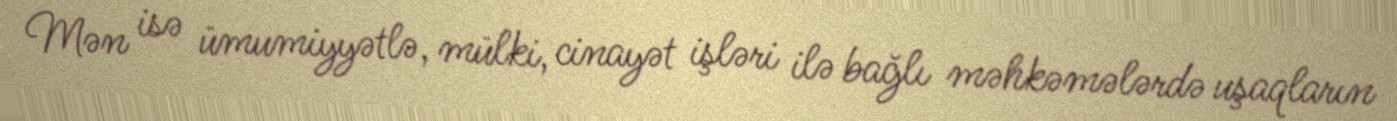
Mən isə ümumiyyətlə, mülki, cinayət işləri ilə bağlı məhkəmələrdə uşaqların